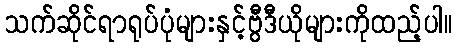
သက်ဆိုင်ရာရုပ်ပုံများနှင့်ဗွီဒီယိုများကိုထည့်ပါ။